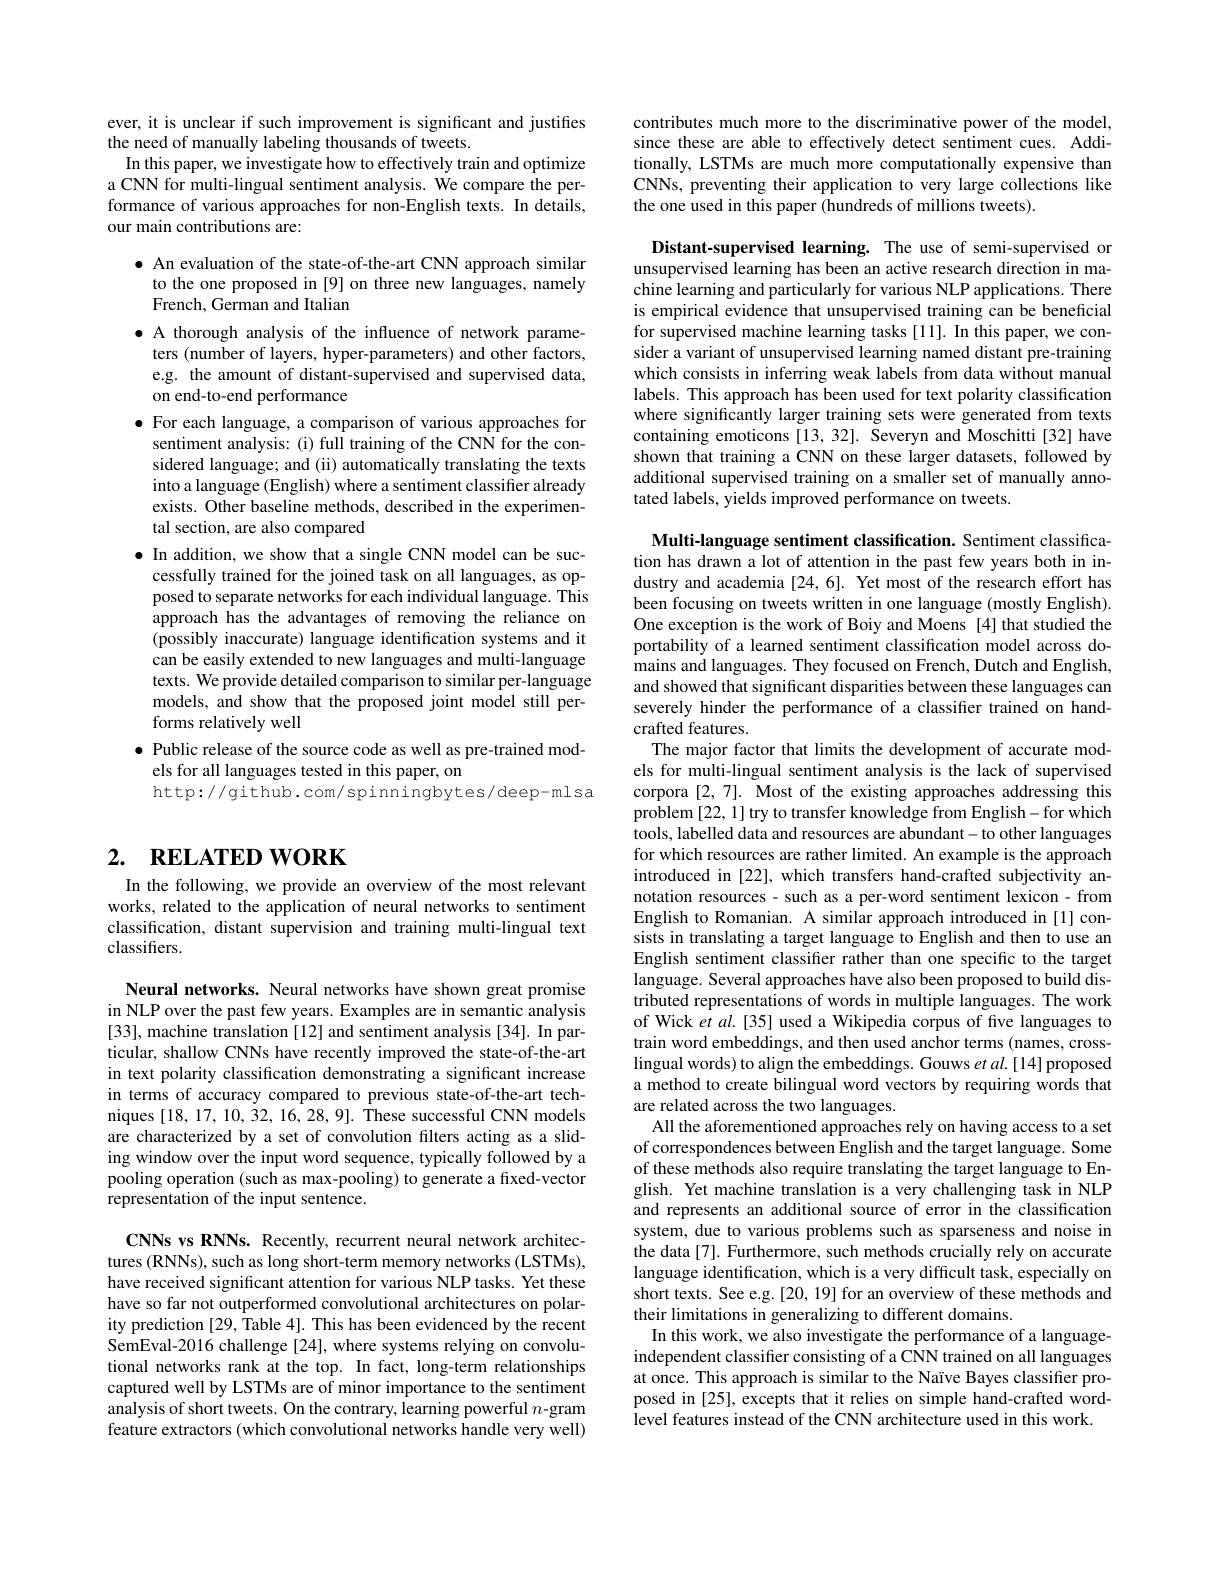
# 2. RELATED WORK

In the following, we provide an overview of the most relevant works, related to the application of neural networks to sentiment classification, distant supervision and training multi-lingual text classifiers.

Neural networks. Neural networks have shown great promise in NLP over the past few years. Examples are in semantic analysis [33], machine translation [12] and sentiment analysis [34]. In particular, shallow CNNs have recently improved the state-of-the-art in text polarity classification demonstrating a significant increase in terms of accuracy compared to previous state-of-the-art techniques [18,17,10,32,16,28,9]. These successful CNN models are characterized by a set of convolution filters acting as a sliding window over the input word sequence, typically followed by a pooling operation (such as max-pooling) to generate a fixed-vector representation of the input sentence.

CNNs vs RNNs. Recently, recurrent neural network architectures (RNNs), such as long short-term memory networks (LSTMs), have received significant attention for various NLP tasks. Yet these have so far not outperformed convolutional architectures on polarity prediction [29, Table 4]. This has been evidenced by the recent SemEval-2016 challenge [24], where systems relying on convolutional networks rank at the top. In fact, long-term relationships captured well by LSTMs are of minor importance to the sentiment analysis of short tweets. On the contrary, learning powerful $n$-gram feature extractors (which convolutional networks handle very well)

ever, it is unclear if such improvement is significant and justifies
the need of manually labeling thousands of tweets.
In this paper, we investigate how to effectively train and optimize a CNN for multi-lingual sentiment analysis. We compare the performance of various approaches for non-English texts. In details, our main contributions are:

$\bullet$ An evaluation of the state-of-the-art CNN approach similar
to the one proposed in [9] on three new languages, namely
French, German and Italian

$\bullet$ A thorough analysis of the influence of network parame-
ters (number of layers, hyper-parameters) and other factors, e.g. the amount of distant-supervised and supervised data, on end-to-end performance
$\bullet$ For each language, a comparison of various approaches for
sentiment analysis: (i) full training of the CNN for the considered language; and (ii) automatically translating the texts into a language (English) where a sentiment classifier already exists. Other baseline methods, described in the experimental section, are also compared
$\bullet$ In addition, we show that a single CNN model can be successfully trained for the joined task on all languages, as opposed to separate networks for each individual language. This approach has the advantages of removing the reliance on (possibly inaccurate) language identification systems and it can be easily extended to new languages and multi-language texts. We provide detailed comparison to similar per-language models, and show that the proposed joint model still performs relatively well
$\bullet$ Public release of the source code as well as pre-trained mod-
els for all languages tested in this paper, on

http://github.com/spinningbytes/deep-mlsa

contributes much more to the discriminative power of the model, since these are able to effectively detect sentiment cues. Additionally, LSTMs are much more computationally expensive than CNNs, preventing their application to very large collections like the one used in this paper (hundreds of millions tweets).

Distant-supervised learning. The use of semi-supervised or unsupervised learning has been an active research direction in machine learning and particularly for various NLP applications. There is empirical evidence that unsupervised training can be beneficial for supervised machine learning tasks [11]. In this paper, we consider a variant of unsupervised learning named distant pre-training which consists in inferring weak labels from data without manual labels. This approach has been used for text polarity classification where significantly larger training sets were generated from texts containing emoticons [13, 32]. Severyn and Moschitti [32] have shown that training a CNN on these larger datasets, followed by additional supervised training on a smaller set of manually annotated labels, yields improved performance on tweets.

Multi-language sentiment classification. Sentiment classification has drawn a lot of attention in the past few years both in industry and academia [24,6]. Yet most of the research effort has been focusing on tweets written in one language (mostly English). One exception is the work of Boiy and Moens [4] that studied the portability of a learned sentiment classification model across domains and languages. They focused on French, Dutch and English, and showed that significant disparities between these languages can severely hinder the performance of a classifier trained on handcrafted features.
The major factor that limits the development of accurate models for multi-lingual sentiment analysis is the lack of supervised corpora [2,7]. Most of the existing approaches addressing this problem [22, 1] try to transfer knowledge from English-for which tools, labelled data and resources are abundant- to other languages for which resources are rather limited. An example is the approach introduced in [22], which transfers hand-crafted subjectivity annotation resources - such as a per-word sentiment lexicon- from English to Romanian. A similar approach introduced in [1] consists in translating a target language to English and then to use an English sentiment classifier rather than one specific to the target language. Several approaches have also been proposed to build distributed representations of words in multiple languages. The work of Wick et al.[35] used a Wikipedia corpus of five languages to train word embeddings, and then used anchor terms (names, crosslingual words) to align the embeddings. Gouws et $al.[14]$ proposed a method to create bilingual word vectors by requiring words that are related across the two languages.
All the aforementioned approaches rely on having access to a set of correspondences between English and the target language. Some of these methods also require translating the target language to English. Yet machine translation is a very challenging task in NLP and represents an additional source of error in the classification system, due to various problems such as sparseness and noise in the data[7]. Furthermore, such methods crucially rely on accurate language identification, which is a very difficult task, especially on short texts. See e.g.[20, 19] for an overview of these methods and their limitations in generalizing to different domains.
In this work, we also investigate the performance of a languageindependent classifer consisting of a CNN trained on all languages at once. This approach is similar to the Naïve Bayes classifier proposed in [25], excepts that it relies on simple hand-crafted wordlevel features instead of the CNN architecture used in this work.